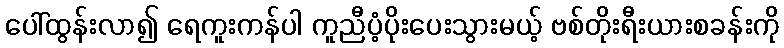
ပေါ်ထွန်းလာ၍ ရေကူးကန်ပါ ကူညီပံ့ပိုးပေးသွားမယ့် ဗစ်တိုးရီးယားစခန်းကို